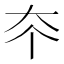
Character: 𡗟